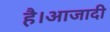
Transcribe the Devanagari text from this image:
है।आजादी